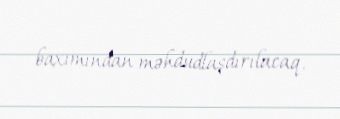
baxımından məhdudlaşdırılacaq.